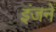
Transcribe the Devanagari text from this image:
इंजनें